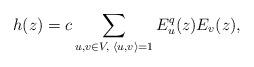
LaTeX: \begin{align*}h(z) = c\sum_{u,v \in V, \; \langle u,v \rangle = 1} E_u^q(z) E_v(z),\end{align*}